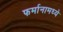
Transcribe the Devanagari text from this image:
फर्मानामध्ये